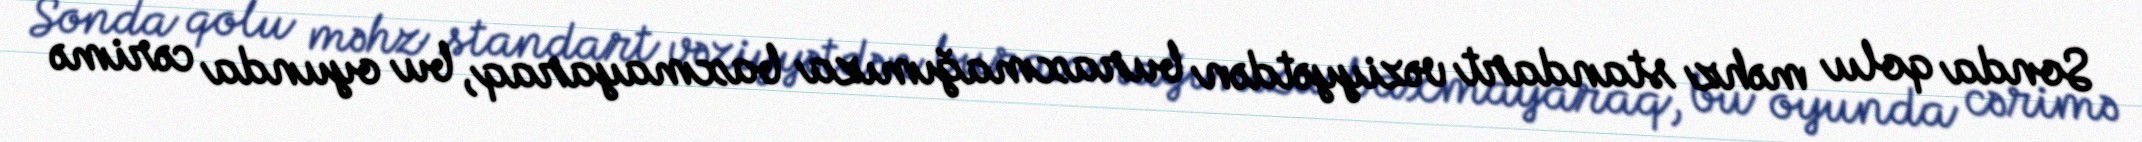
Sonda qolu məhz standart vəziyyətdən buraxmağımıza baxmayaraq, bu oyunda cərimə